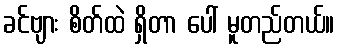
ခင်ဗျား စိတ်ထဲ ရှိတာ ပေါ် မူတည်တယ်။